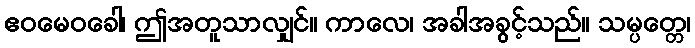
ဧဝမေဝခေါ၊ ဤအတူသာလျှင်။ ကာလေ၊ အခါအခွင့်သည်။ သမ္ပတ္တေ၊